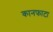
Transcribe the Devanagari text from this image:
कानफाटा